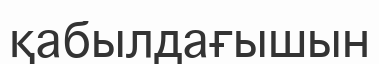
қабылдағышын